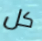
كل